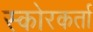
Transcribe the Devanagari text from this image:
स्कोरकर्ता